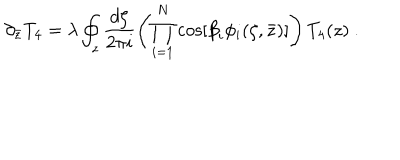
\partial _ { \bar { z } } T _ { 4 } = \lambda \oint _ { z } \frac { d \zeta } { 2 \pi i } \left( \prod _ { i = 1 } ^ { N } \cos [ { \beta } _ { i } \phi _ { i } ( \zeta , \bar { z } ) ] \right) T _ { 4 } ( z ) \ .